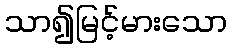
သာ၍မြင့်မားသော